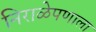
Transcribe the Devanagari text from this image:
निराळेपणाला